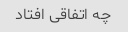
چه اتفاقی افتاد